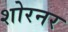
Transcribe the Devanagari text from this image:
शोरनर